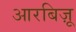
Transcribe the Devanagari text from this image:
आरबिज़ू